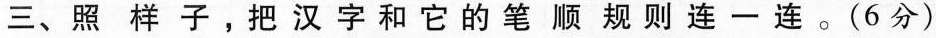
三、照样子，把汉字和它的笔顺规则连一连。(6分)